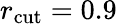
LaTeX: r_{\mathrm{cut}}=0.9